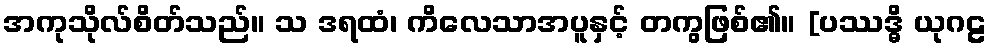
အကုသိုလ်စိတ်သည်။ သ ဒရထံ၊ ကိလေသာအပူနှင့် တကွဖြစ်၏။ [ပဿဒ္ဓိ ယုဂဠ